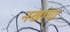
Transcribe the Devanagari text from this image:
नखांचा